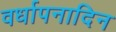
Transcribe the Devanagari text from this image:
वर्धापनादिन